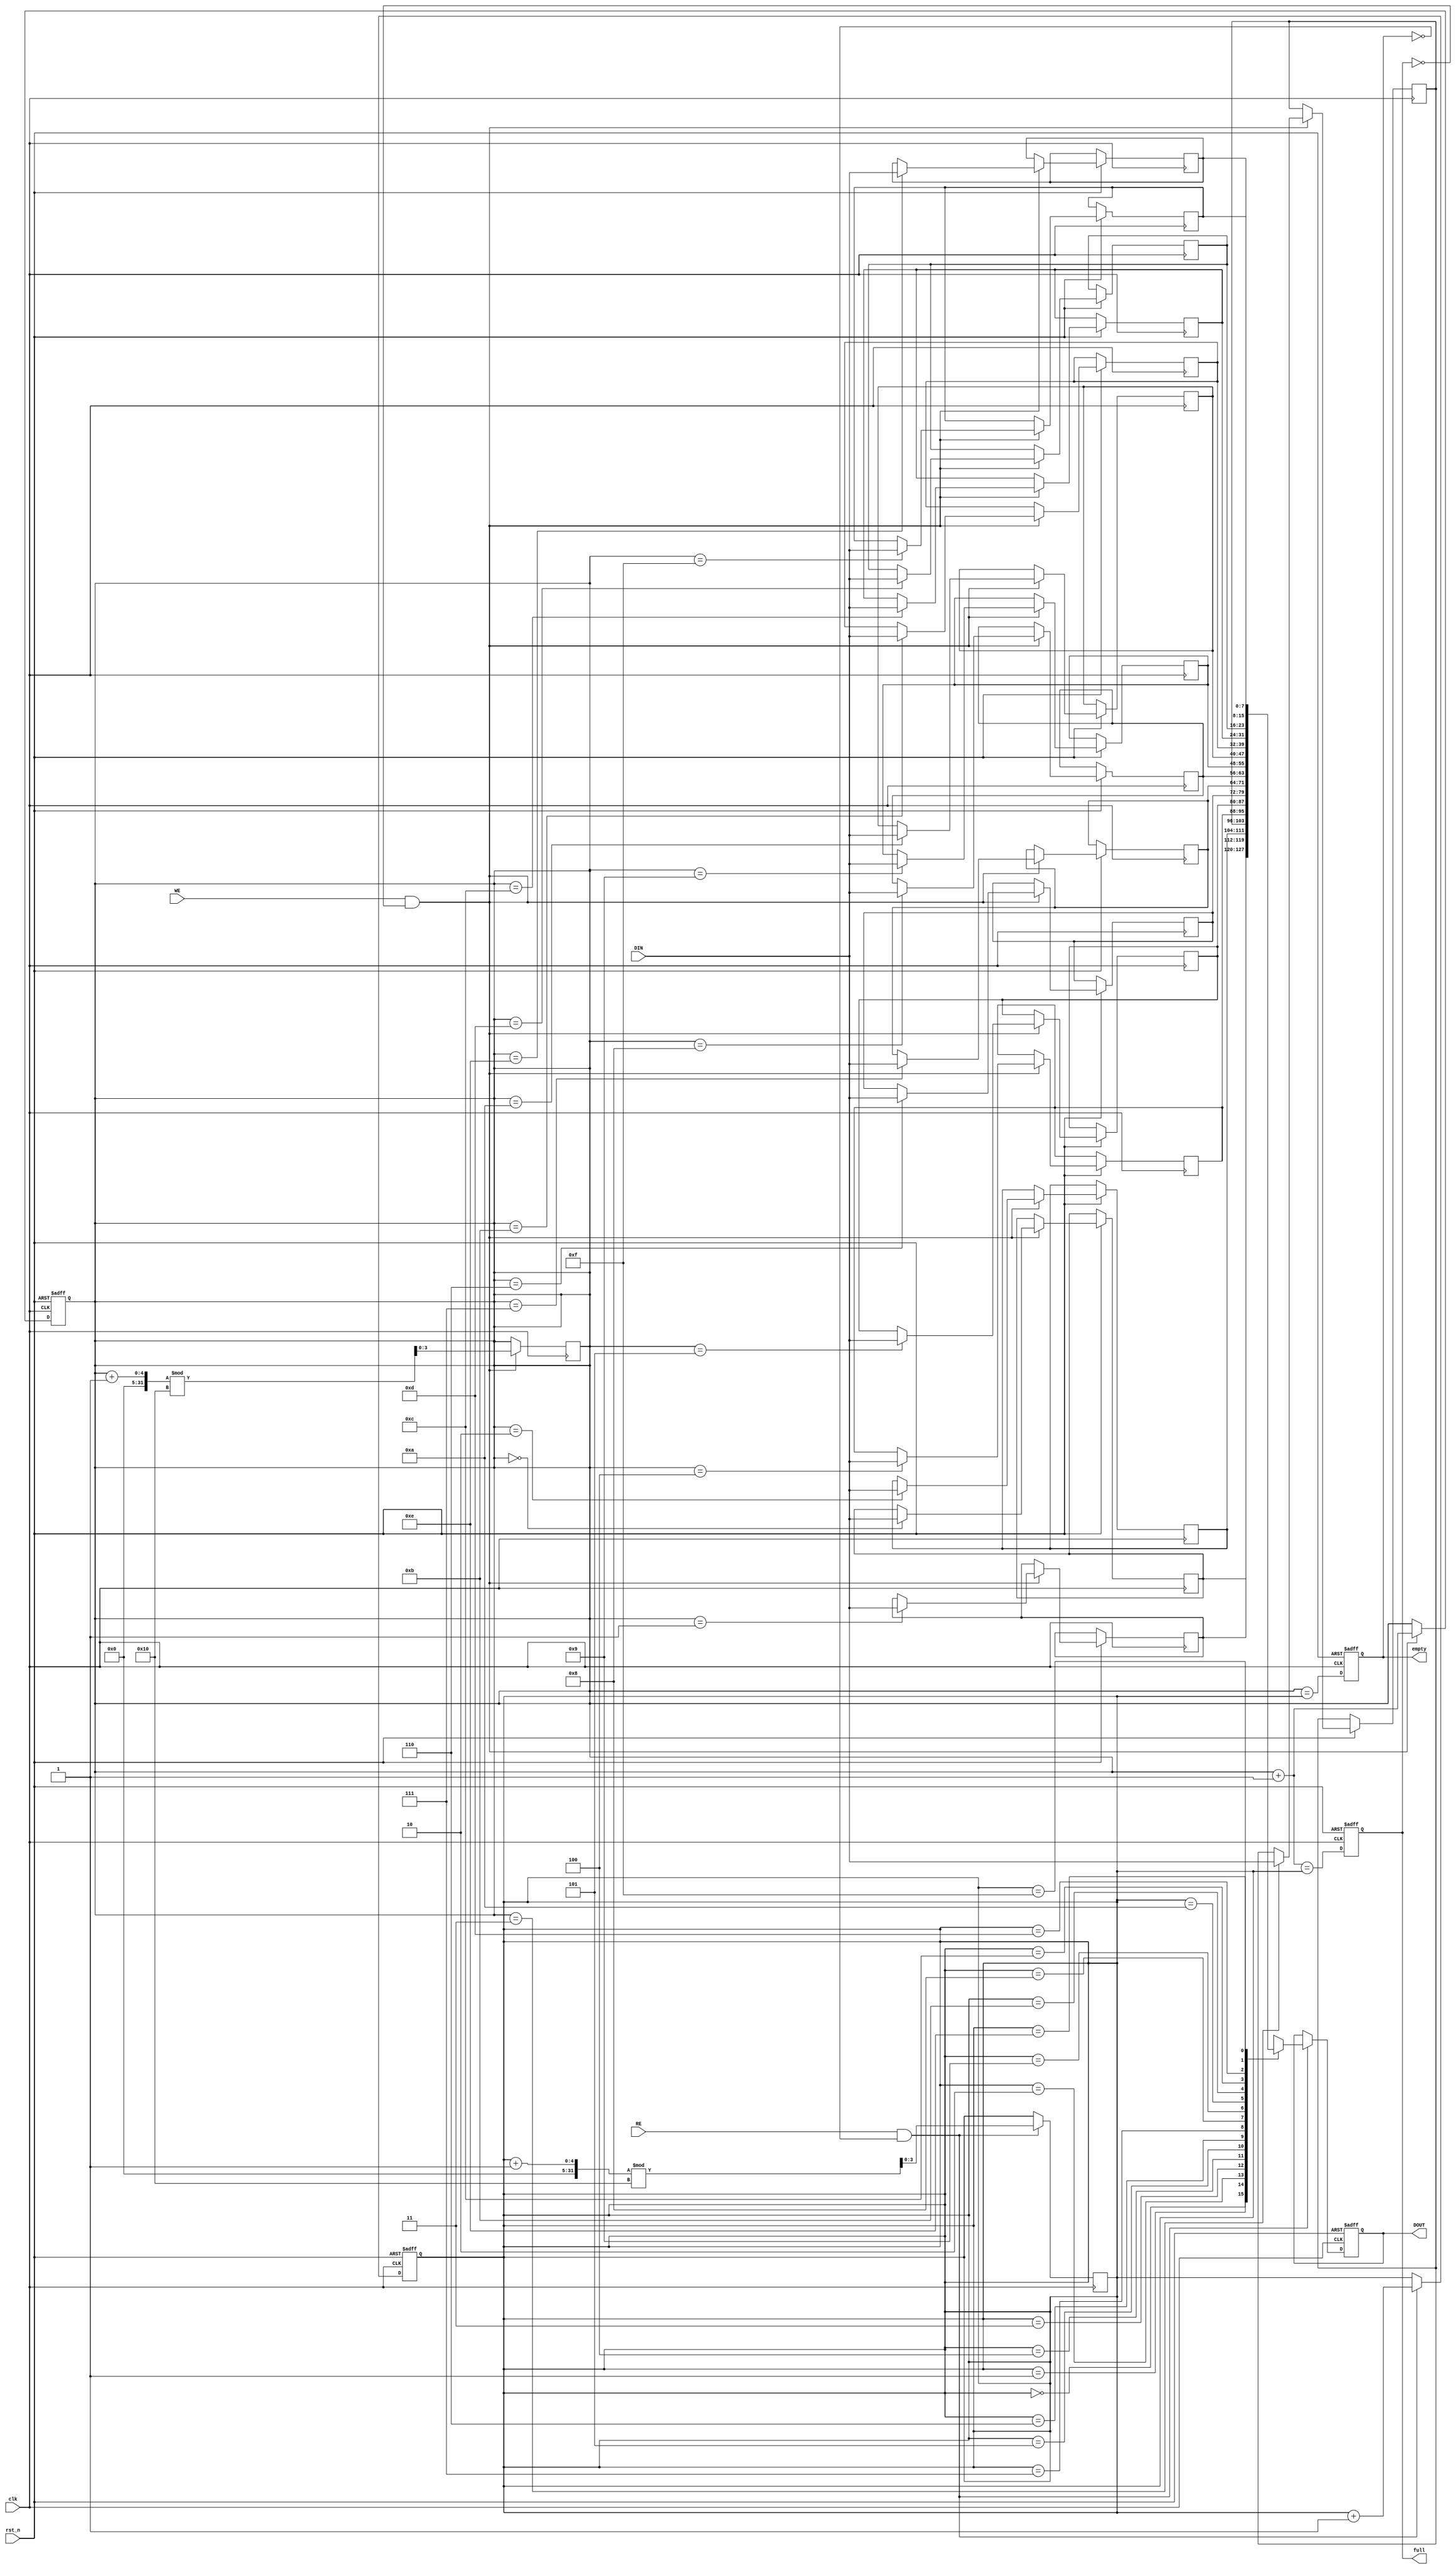
module fifo_sram #(
    parameter DEPTH = 16, // Depth of the FIFO
    parameter WIDTH = 8    // Width of each data entry
) (
    input wire clk,                // Clock signal
    input wire rst_n,              // Asynchronous reset (active low)
    input wire [WIDTH-1:0] DIN,    // Data input
    input wire WE,                 // Write enable
    input wire RE,                 // Read enable
    output reg [WIDTH-1:0] DOUT,   // Data output
    output reg full,               // Full flag
    output reg empty               // Empty flag
);

    // Memory array declaration
    reg [WIDTH-1:0] memory [0:DEPTH-1];
    
    // Pointers
    reg [$clog2(DEPTH)-1:0] W_PTR; // Write pointer
    reg [$clog2(DEPTH)-1:0] R_PTR; // Read pointer

    // Synchronize read and write operations
    always @(posedge clk or negedge rst_n) begin
        if (!rst_n) begin
            // Asynchronous reset
            W_PTR <= 0;
            R_PTR <= 0;
            full <= 0;
            empty <= 1;
            DOUT <= 0;
        end else begin
            // Read operation
            if (RE && !empty) begin
                DOUT <= memory[R_PTR];
                R_PTR <= R_PTR + 1'b1;
            end
            
            // Write operation
            if (WE && !full) begin
                memory[W_PTR] <= DIN;
                W_PTR <= W_PTR + 1'b1;
            end
            
            // Update full and empty flags
            empty <= (W_PTR == R_PTR);
            full <= ((W_PTR + 1'b1) == R_PTR);
        end
    end

    // Adjust the pointers for wrap-around
    always @(posedge clk) begin
        if (WE && !full) begin
            W_PTR <= (W_PTR + 1) % DEPTH;
        end
        if (RE && !empty) begin
            R_PTR <= (R_PTR + 1) % DEPTH;
        end
    end

endmodule